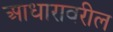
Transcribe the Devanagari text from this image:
आधारावरील